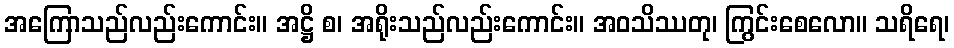
အကြောသည်လည်းကောင်း။ အဋ္ဌိ စ၊ အရိုးသည်လည်းကောင်း။ အဝသိဿတု၊ ကြွင်းစေလော။ သရိရေ၊